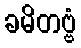
ခမိတဗ္ဗံ